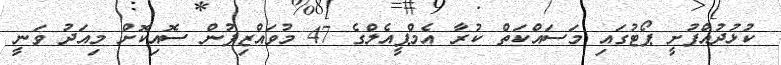
ކުޅުދުއްފުށީ ޕޯޓުގައި މަސައްކަތް ކުރާ އެމްޕީއެލްގެ 47 މުވައްޒިފުން ސޮއިކޮށް މިއަދު ވަނީ